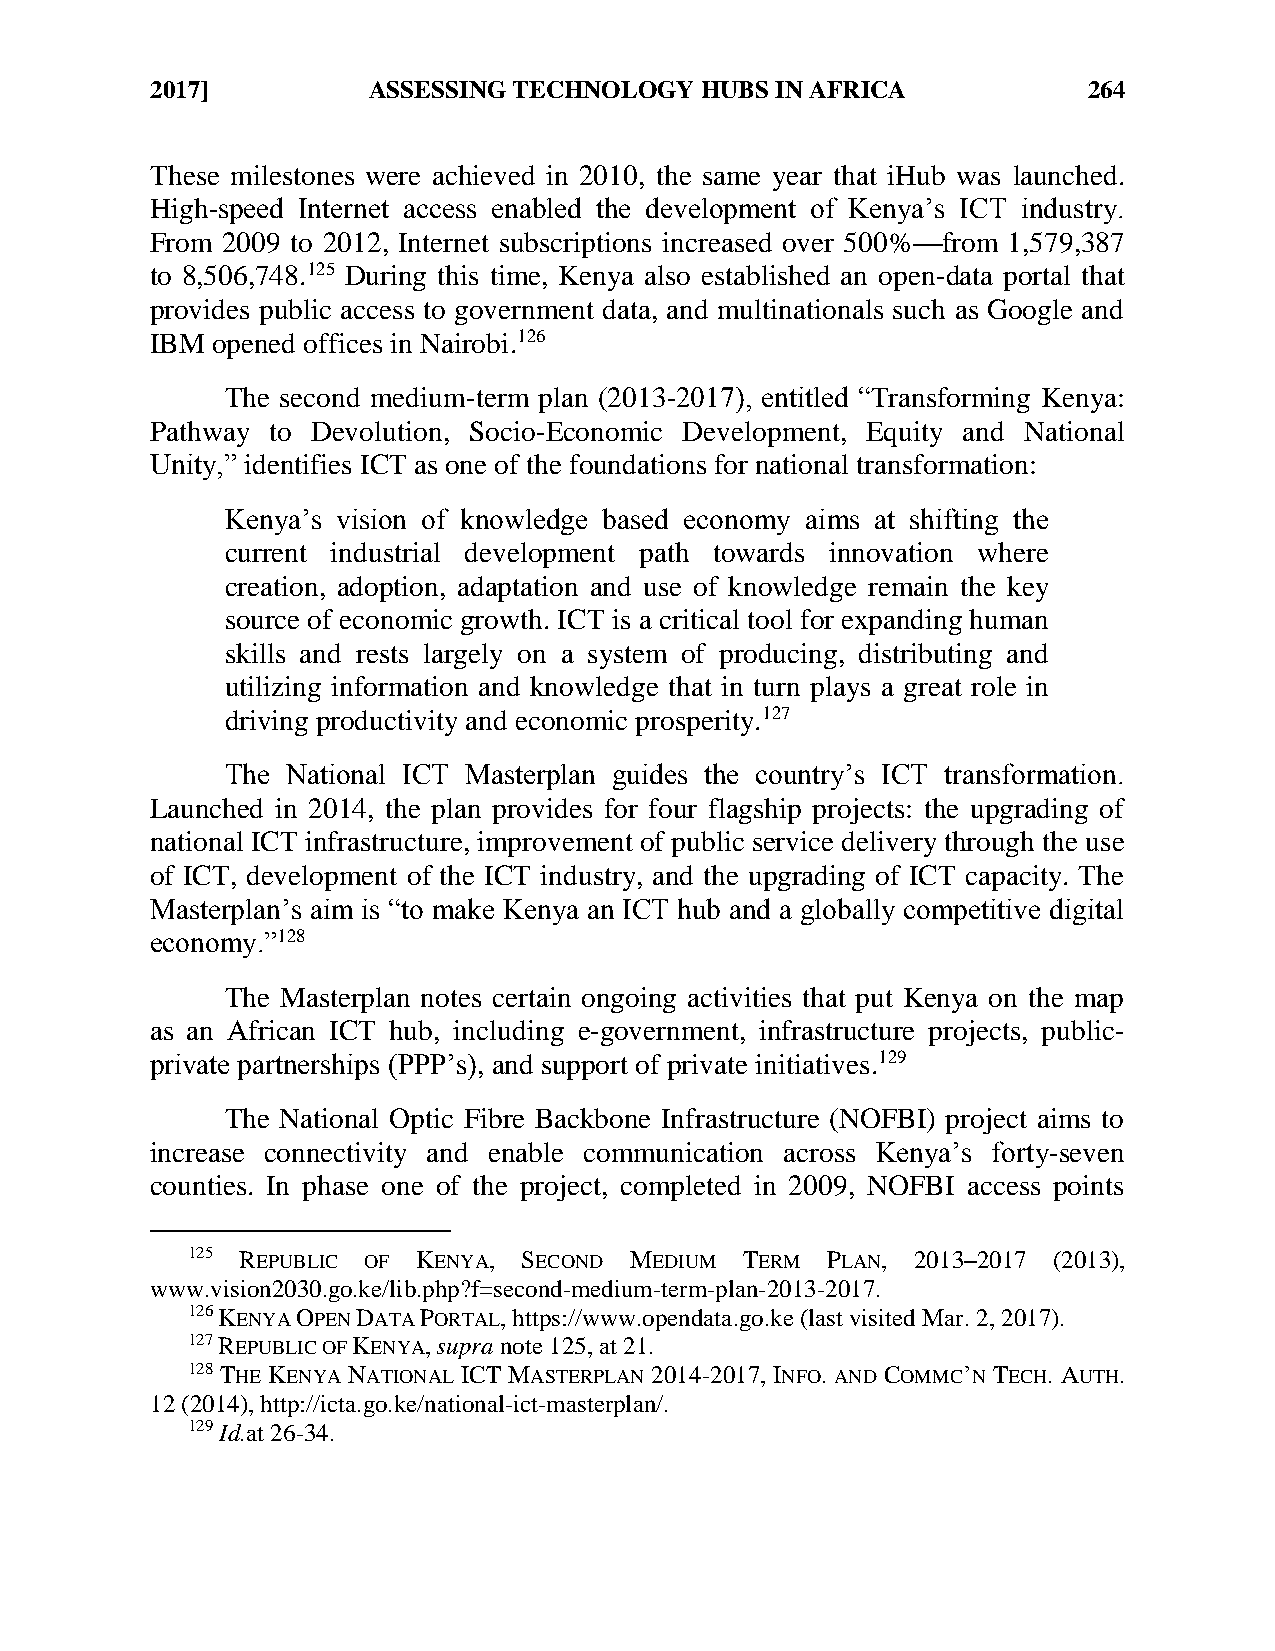
2017]         ASSESSING TECHNOLOGY  HUBS IN AFRICA            264
 These milestones were achieved in 2010, the same year that iHub was launched.
 High-speed Internet access enabled the development of Kenya’s ICT industry.
 From 2009 to 2012, Internet subscriptions increased over 500%—from 1,579,387
 to 8,506,748.125 During this time, Kenya also established an open-data portal that
 provides public access to government data, and multinationals such as Google and
 IBM opened offices in Nairobi.126
 The second medium-term plan (2013-2017), entitled “Transforming Kenya:
 Pathway to Devolution, Socio-Economic Development, Equity and National
 Unity,” identifies ICT as one of the foundations for national transformation:
 Kenya’s vision of knowledge based economy aims at shifting the
 current industrial development path towards innovation where
 creation, adoption, adaptation and use of knowledge remain the key
 source of economic growth. ICT is a critical tool for expanding human
 skills and rests largely on a system of producing, distributing and
 utilizing information and knowledge that in turn plays a great role in
 driving productivity and economic prosperity.127
 The National ICT Masterplan guides the country’s ICT transformation.
 Launched in 2014, the plan provides for four flagship projects: the upgrading of
 national ICT infrastructure, improvement of public service delivery through the use
 of ICT, development of the ICT industry, and the upgrading of ICT capacity. The
 Masterplan’s aim is “to make Kenya an ICT hub and a globally competitive digital
 economy.”128
 The Masterplan notes certain ongoing activities that put Kenya on the map
 as an African ICT hub, including e-government, infrastructure projects, public-
 private partnerships (PPP’s), and support of private initiatives.129
 The National Optic Fibre Backbone Infrastructure (NOFBI) project aims to
 increase connectivity and enable communication across Kenya’s forty-seven
 counties. In phase one of the project, completed in 2009, NOFBI access points
 125 REPUBLIC OF KENYA, SECOND MEDIUM TERM  PLAN, 2013–2017 (2013),
 www.vision2030.go.ke/lib.php?f=second-medium-term-plan-2013-2017.
 126 KENYA OPEN DATA PORTAL, https://www.opendata.go.ke (last visited Mar. 2, 2017).
 127 REPUBLIC OF KENYA, supra note 125, at 21.
 128 THE KENYA NATIONAL ICT MASTERPLAN 2014-2017, INFO. AND COMMC’N TECH. AUTH.
 12 (2014), http://icta.go.ke/national-ict-masterplan/.
 129 Id.at 26-34.